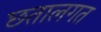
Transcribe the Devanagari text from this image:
छतालगत